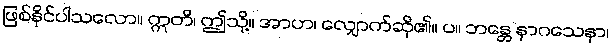
ဖြစ်နိုင်ပါသလော။ ဣတိ၊ ဤသို့။ အာဟ၊ လျှောက်ဆို၏။ ပ။ ဘန္တေ နာဂသေနာ၊